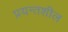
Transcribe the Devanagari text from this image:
प्रयन्तशील